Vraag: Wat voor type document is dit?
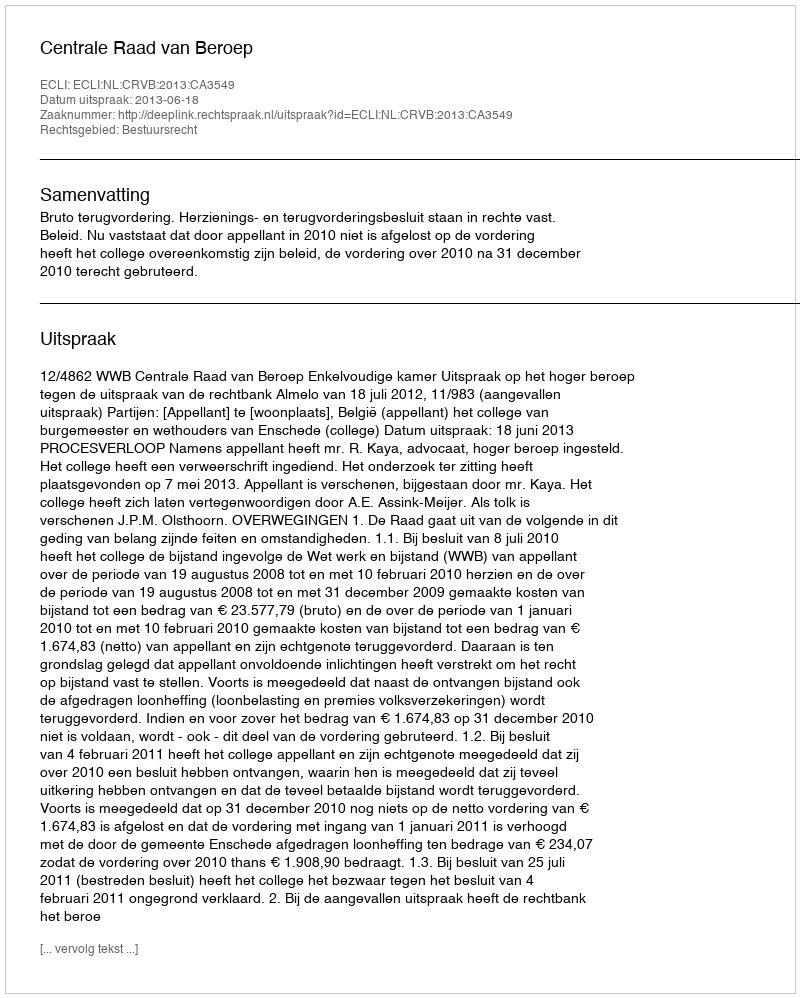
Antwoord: Uitspraak